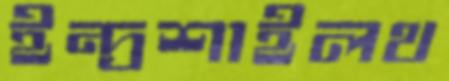
ইন্দ্রশাইলথ